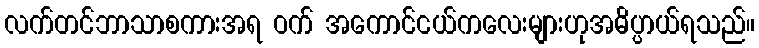
လက်တင်ဘာသာစကားအရ ဝက် အကောင်ငယ်ကလေးများဟုအဓိပ္ပာယ်ရသည်။